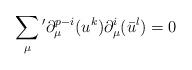
LaTeX: \begin{align*}\sum_{\mu}{}'\partial_{\mu}^{p-i}(u^k) \partial_{\mu}^i(\bar{u}^l)=0 \end{align*}